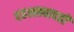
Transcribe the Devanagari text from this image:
दहशतवादही